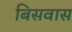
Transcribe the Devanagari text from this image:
बिसवास